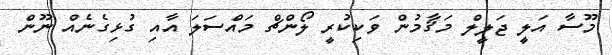
މޫސާ އަލީ ޖަލީލް މަޤާމުން ވަކިކުރީ ލޯންޗް މައްސަލަ އާއި ގުޅިގެނެއް ނޫން